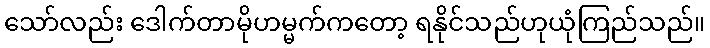
သော်လည်း ဒေါက်တာမိုဟမ္မက်ကတော့ ရနိုင်သည်ဟုယုံကြည်သည်။